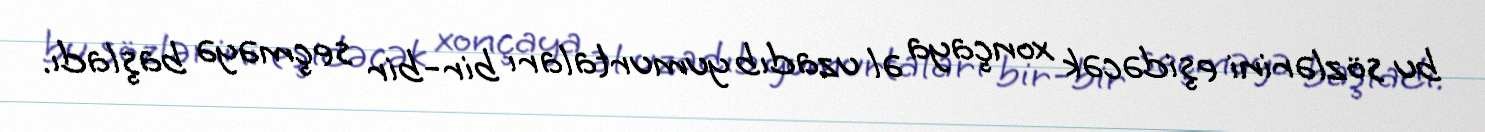
bu sözlərini eşidəcək xonçaya əl uzadıb yumurtaları bir-bir seçməyə başladı.